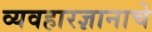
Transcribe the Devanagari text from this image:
व्यवहारज्ञानाचे